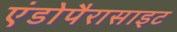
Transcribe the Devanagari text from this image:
एंडोपैरासाइट